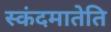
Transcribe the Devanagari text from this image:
स्कंदमातेति